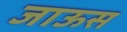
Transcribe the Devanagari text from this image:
जाऊस